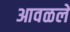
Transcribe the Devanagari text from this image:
आवळले